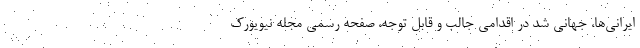
ایرانی‌ها، جهانی شد در اقدامی جالب و قابل توجه، صفحه رسمی مجله نیویورک